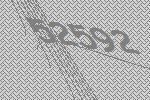
52592